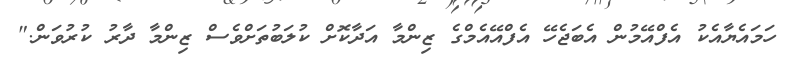
ހަމައެޔާއެކު އެފްއޭމުން އެބަޖެހޭ އެފްއޭއެމްގެ ޒިންމާ އަދާކޮށް ކުލަބުތަށްވެސް ޒިންމާ ދާރު ކުރުވަން."